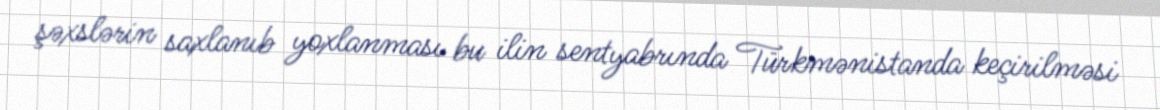
şəxslərin saxlanıb yoxlanması bu ilin sentyabrında Türkmənistanda keçirilməsi